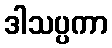
ဒါသပ္ပကာ